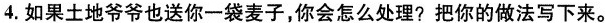
4.如果土地爷爷也送你一袋麦子，你会怎么处理？把你的做法写下来。